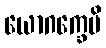
ယောဂက္ခေမိ